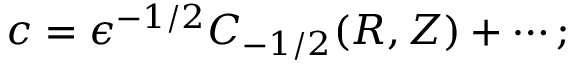
c = \epsilon ^ { - 1 / 2 } C _ { - 1 / 2 } ( R , Z ) + \cdots ;